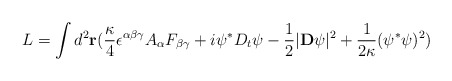
\begin{align*}L=\int d^{2} {\bf r} ( {\kappa \over 4} \epsilon^{\alpha\beta\gamma} A_{\alpha} F_{\beta\gamma} + i \psi^{\ast} D_t \psi - {1 \over 2} | {\bf D} \psi |^{2} + {1 \over {2 \kappa}} ( \psi^{\ast} \psi )^{2} )\end{align*}